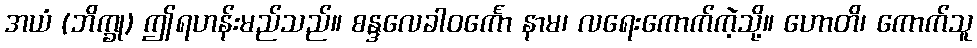
အယံ (ဘိက္ခု) ဤရဟန်းမည်သည်။ စန္ဒလေခါဝင်္ကော နာမ၊ လရေးကောက်ကဲ့သို့။ ဟောတိ၊ ကောက်သူ